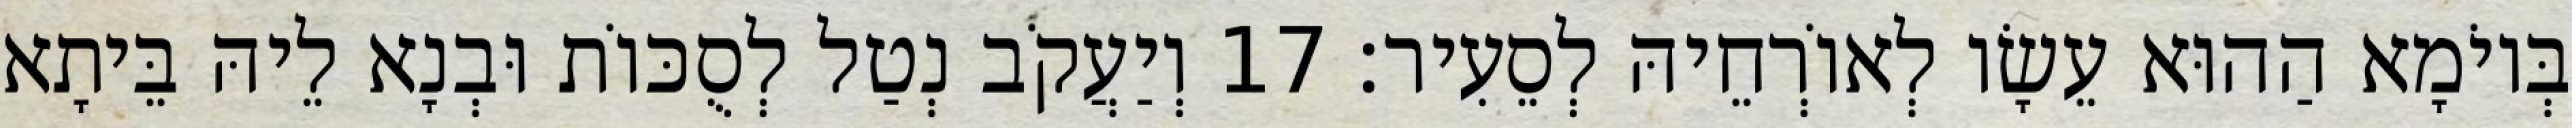
בְּיוֹמָא הַהוּא עֵשָׂו לְאוֹרְחֵיהּ לְסֵעִיר׃ 17 וְיַעֲקֹב נְטַל לְסֻכּוֹת וּבְנָא לֵיהּ בֵּיתָא